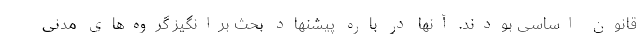
قانون اساسی بودند. آنها در باره پیشنهاد بحث برانگیز گروه‌های مدنی